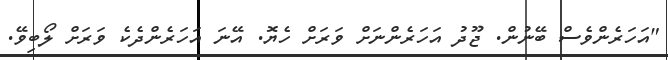
"އަހަރެންވެސް ބޭނުން. ޖޫދު އަހަރެންނަށް ވަރަށް ހެޔޮ. އޭނަ އަހަރެންދެކެ ވަރަށް ލޯބިވޭ.